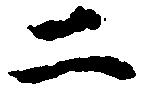
二